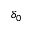
\delta _ { 0 }